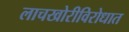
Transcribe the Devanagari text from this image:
लाचखोरीविरोधात